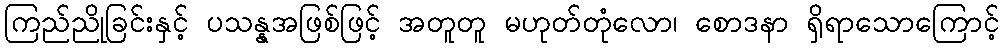
ကြည်ညိုခြင်းနှင့် ပသန္နအဖြစ်ဖြင့် အတူတူ မဟုတ်တုံလော၊ စောဒနာ ရှိရာသောကြောင့်